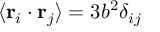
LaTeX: \langle \mathbf { r } _ { i } \cdot \mathbf { r } _ { j } \rangle = 3 b ^ { 2 } \delta _ { i j }